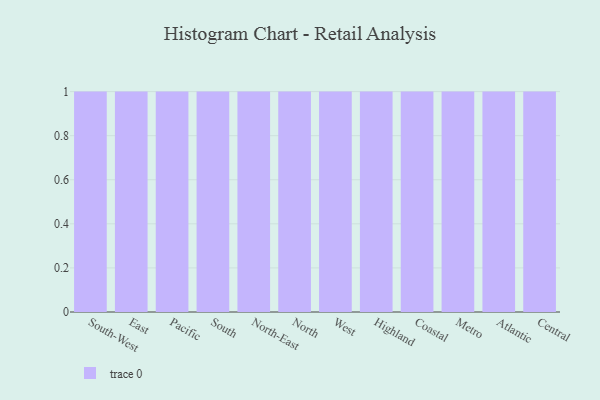
{"axis": {"x": "Region", "y": "Conversion Rate (%)"}, "legend": [""], "data": [{"x": "South-West", "y": 64, "type": ""}, {"x": "East", "y": 65, "type": ""}, {"x": "Pacific", "y": 6, "type": ""}, {"x": "South", "y": 14, "type": ""}, {"x": "North-East", "y": 47, "type": ""}, {"x": "North", "y": 84, "type": ""}, {"x": "West", "y": 46, "type": ""}, {"x": "Highland", "y": 27, "type": ""}, {"x": "Coastal", "y": 76, "type": ""}, {"x": "Metro", "y": 99, "type": ""}, {"x": "Atlantic", "y": 42, "type": ""}, {"x": "Central", "y": 86, "type": ""}]}